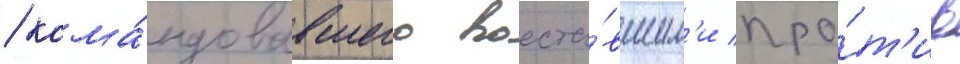
/ кома́ндовавшего восста́вшим'и про́т'ив